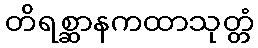
တိရစ္ဆာနကထာသုတ္တံ